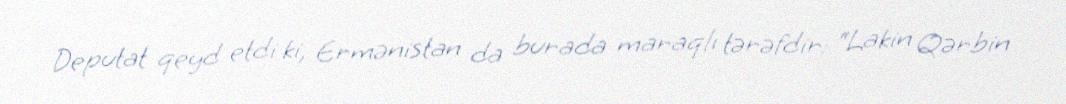
Deputat qeyd etdi ki, Ermənistan da burada maraqlı tərəfdir: “Lakin Qərbin